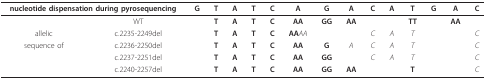
<table><thead><tr><td colspan="2"><b>nucleotide dispensation during pyrosequencing</b></td><td><b>G</b></td><td><b>T</b></td><td><b>A</b></td><td><b>T</b></td><td><b>C</b></td><td><b>A</b></td><td><b>G</b></td><td><b>A</b></td><td><b>C</b></td><td><b>A</b></td><td><b>T</b></td><td><b>G</b></td><td><b>A</b></td><td><b>C</b></td></tr></thead><tbody><tr><td></td><td>WT</td><td></td><td><b>T</b></td><td><b>A</b></td><td><b>T</b></td><td><b>C</b></td><td><b>AA</b></td><td><b>GG</b></td><td><b>AA</b></td><td></td><td></td><td><b>TT</b></td><td></td><td><b>AA</b></td><td></td></tr><tr><td>allelic</td><td>c.2235-2249del</td><td></td><td><b>T</b></td><td><b>A</b></td><td><b>T</b></td><td><b>C</b></td><td><b>AA</b><i>AA</i></td><td></td><td></td><td><i>C</i></td><td><i>A</i></td><td><i>T</i></td><td></td><td></td><td><i>C</i></td></tr><tr><td>sequence of</td><td>c.2236-2250del</td><td></td><td><b>T</b></td><td><b>A</b></td><td><b>T</b></td><td><b>C</b></td><td><b>AA</b></td><td><b>G</b></td><td><i>A</i></td><td><i>C</i></td><td><i>A</i></td><td><i>T</i></td><td></td><td></td><td><i>C</i></td></tr><tr><td></td><td>c.2237-2251del</td><td></td><td><b>T</b></td><td><b>A</b></td><td><b>T</b></td><td><b>C</b></td><td><b>AA</b></td><td><b>GG</b></td><td></td><td><i>C</i></td><td><i>A</i></td><td><i>T</i></td><td></td><td></td><td><i>C</i></td></tr><tr><td></td><td>c.2240-2257del</td><td></td><td><b>T</b></td><td><b>A</b></td><td><b>T</b></td><td><b>C</b></td><td><b>AA</b></td><td><b>GG</b></td><td><b>AA</b></td><td></td><td></td><td><b>T</b></td><td></td><td></td><td><i>C</i></td></tr></tbody></table>